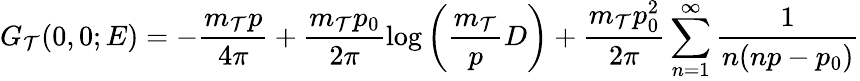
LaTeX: G_{\mathcal{T}}(0,0;E)=-\frac{{m_{\mathcal{T}}p}}{{4\pi}}+\frac{{m_{\mathcal{T}}p_{0}}}{{2\pi}}\log\left(\frac{{m_{\mathcal{T}}}}{{p}}D\right)+\frac{{m_{\mathcal{T}}p_{0}^{2}}}{{2\pi}}\sum_{n=1}^{\infty}\frac{{1}}{{n(np-p_{0})}}